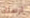
ارسلك